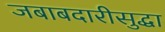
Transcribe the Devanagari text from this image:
जबाबदारीसुद्धा